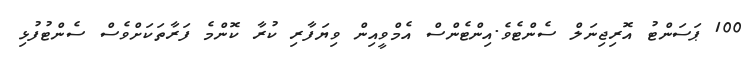
100 ޕަސަންޓު އޮރިޖިނަލް ސެންޓެވެ.އިންޓެންސް އެމްވީއިން ވިޔަފާރި ކުރާ ކޮންމެ ފަރާތަކަށްވެސް ސެންޓުފުޅި